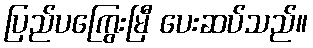
ပြည်ပကြွေးမြီ ပေးဆပ်သည်။